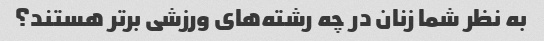
به نظر شما زنان در چه رشته‌های ورزشی برتر هستند؟